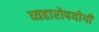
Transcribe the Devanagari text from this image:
व्यहारोपयोगी